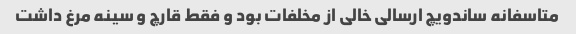
متاسفانه ساندویچ ارسالی خالی از مخلفات بود و فقط قارچ و سینه مرغ داشت